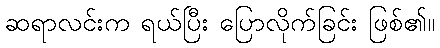
ဆရာလင်းက ရယ်ပြီး ပြောလိုက်ခြင်း ဖြစ်၏။